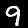
Label: 9